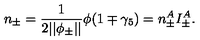
n _ { \pm } = \frac 1 { 2 | | \phi _ { \pm } | | } \phi ( 1 \mp \gamma _ { 5 } ) = n _ { \pm } ^ { A } I _ { \pm } ^ { A } .